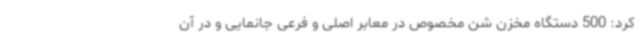
کرد: 500 دستگاه مخزن شن مخصوص در معابر اصلی و فرعی جانمایی و در آن